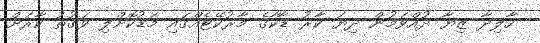
ހާލިދާ ޒިޔާ ދުއްވަމުން ދިޔަ ކާރު ޑާކާގެ މާރުކޭޓެއްގައި މަޑުކޮށްލި ވަގުތު ކާރަށް